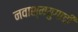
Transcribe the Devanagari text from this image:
नवाश्मयुगाची